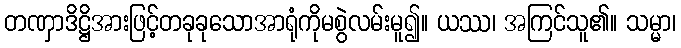
တဏှာဒိဋ္ဌိအားဖြင့်တခုခုသောအာရုံကိုမစွဲလမ်းမူ၍။ ယဿ၊ အကြင်သူ၏။ သမ္မာ၊